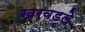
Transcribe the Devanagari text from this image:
खरवडले